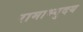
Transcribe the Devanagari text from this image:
रामाभ्युदय